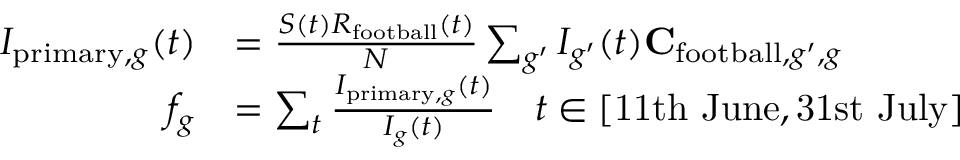
\begin{array} { r l } { I _ { \mathrm { p r i m a r y } , g } ( t ) } & { = \frac { S ( t ) R _ { \mathrm { f o o t b a l l } } ( t ) } { N } \sum _ { g ^ { \prime } } I _ { g ^ { \prime } } ( t ) \mathbf { C } _ { \mathrm { f o o t b a l l } , g ^ { \prime } , g } } \\ { f _ { g } } & { = \sum _ { t } \frac { I _ { \mathrm { p r i m a r y } , g } ( t ) } { I _ { g } ( t ) } \quad t \in [ \mathrm { 1 1 t h ~ J u n e } , \mathrm { 3 1 s t ~ J u l y } ] } \end{array}